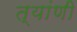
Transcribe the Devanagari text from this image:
त्यांणी